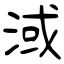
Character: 淢